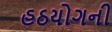
હઠયોગની